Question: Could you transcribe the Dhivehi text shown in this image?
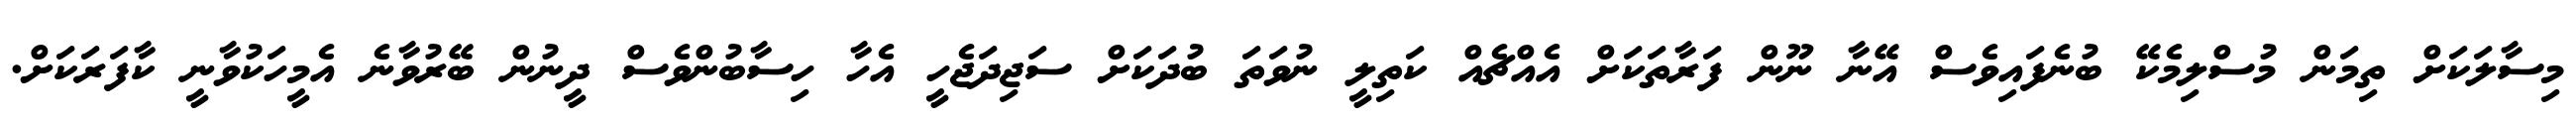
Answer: މިސާލަކަށް ތިމަން މުސްލިމެކޭ ބުނެފައިވެސް އޭނާ ނޫން ފަރާތަކަށް އެއްޗެއް ކަތިލީ ނުވަތަ ބުދަކަށް ސަޖިދަޖެހީ އެހާ ހިސާބުންވެސް ދީނުން ބޭރުވާނެ އެމީހަކުވާނީ ކާފަރަކަށް.